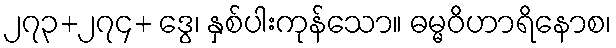
၂၇၃+၂၇၄+ ဒွေ၊ နှစ်ပါးကုန်သော။ ဓမ္မဝိဟာရိနောစ၊